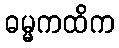
ဓမ္မကထိက